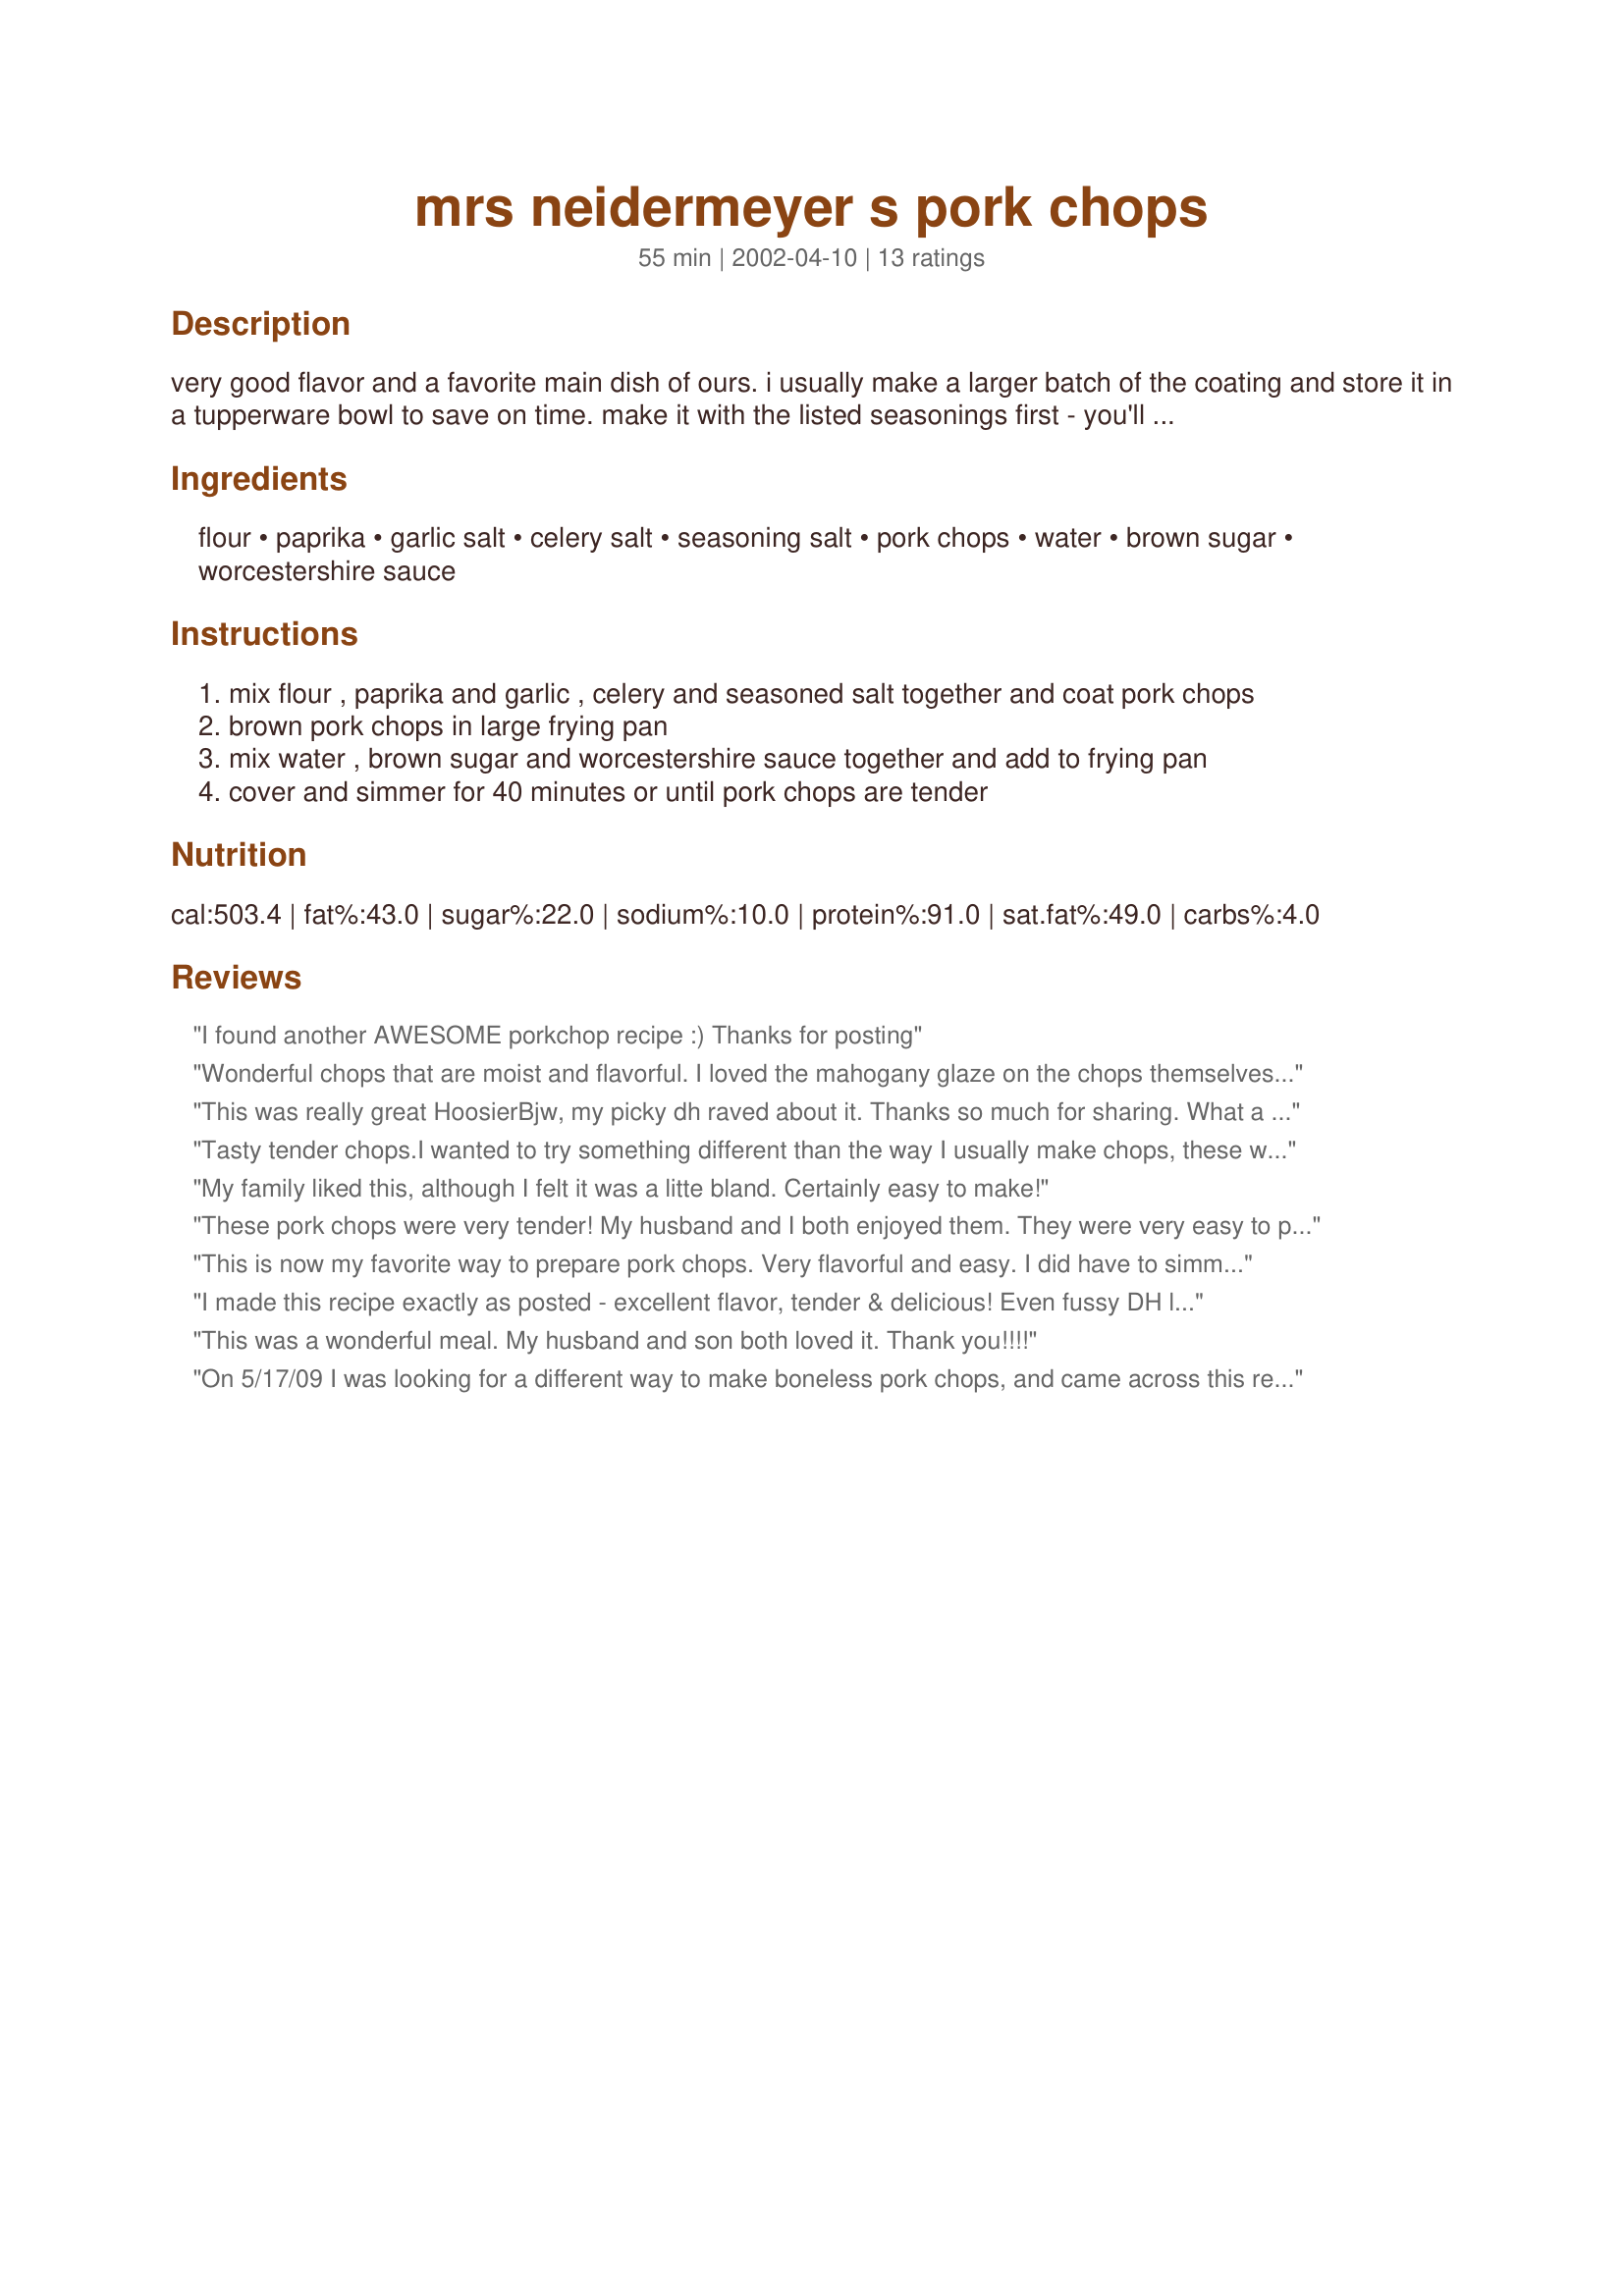
mrs neidermeyer s pork chops
Preparation time: 55 minutes

very good flavor and a favorite main dish of ours. i usually make a larger batch of the coating and store it in a tupperware bowl to save on time. make it with the listed seasonings first - you'll be glad you didn't substitute!

Ingredients:
flour, paprika, garlic salt, celery salt, seasoning salt, pork chops, water, brown sugar, worcestershire sauce

Steps:
mix flour , paprika and garlic , celery and seasoned salt together and coat pork chops
brown pork chops in large frying pan
mix water , brown sugar and worcestershire sauce together and add to frying pan
cover and simmer for 40 minutes or until pork chops are tender

Reviews:
I found another AWESOME porkchop recipe :)
Thanks for posting
Wonderful chops that are moist and flavorful. I loved the mahogany glaze on the chops themselves. My batch did not yield a sauce as the liquid was mostly evaporated even with a lid on the pan. Even added additional water half way through the cooking time.
This was really great HoosierBjw, my picky dh raved about it. Thanks so much for sharing. What a lovely taste treat these chops were, I served them with crispy roasted potatoes, yummy. The pork chops were moist and tender while the sauce was a lovely surprise. I used a good quality Worcestershire sauce and was a little heavy handed with the seasonings. It all blended perfectly creating a lovely flavor.
Tasty tender chops.I wanted to try something different than the way I usually make chops, these were good.Next time I'm going to add fresh garlic and add mushrooms. Thanks for the recipe!
My family liked this, although I felt it was a litte bland. Certainly easy to make!
These pork chops were very tender! My husband and I both enjoyed them. They were very easy to prepare and had a good flavor, but I felt something was missing? I think next time I will add another spice to the flour mixture or maybe a few drops of Tabasco before simmering.
This is now my favorite way to prepare pork chops. Very flavorful and easy. I did have to simmer longer, but my chops were on the thick side. We'll definitely be having these again.
I made this recipe exactly as posted - excellent flavor, tender & delicious! Even fussy DH loved it! Will definitely be making this again & again!
Thanks - 5 stars!!!
This was a wonderful meal. My husband and son both loved it. Thank you!!!!
On 5/17/09 I was looking for a different way to make boneless pork chops, and came across this recipe. So I decided to try it for mine and SO's dinner.Except for only using four chops, the only change I made to the recipe was to cut the worcestershire down to 1/2 tablespoon.Since I used boneless chops, it only took about 30 minutes of low simmering to get them as tender as we like them.I drained off some of the remaining liquid, added a bit of cornstarch and made a slightly thickened sauce to pour over the chops.The taste was very good and best of all the chops were moist. Thanks for posting and, " Keep Smiling :) "
This dish tastes wonderful!! The flavors of the paprika, garlic, and celery plays against the flavor of the brown sugar. What a wonderful treat, and it was easy to make. I served it with mashed potatoes and fresh green beans.
I followed your advice and made extra coating, and I'm glad I did. I can use it on chicken, or gravies or anything that needs to be sauted.
Thank you so much for posting Mrs. Neidermeyer's pork chop recipe.
I love having something new to do with pork chops. These were really good and tender. I served them with mashed potatoes and used the sauce to drizzle on top. yum!
These are really good. My DH doesn't like alot of seasoning to his food, he thought these were great. Very moist and tender. I will be making these again. Made for I Recommend Tag . 
Thanks for the great recipe.
